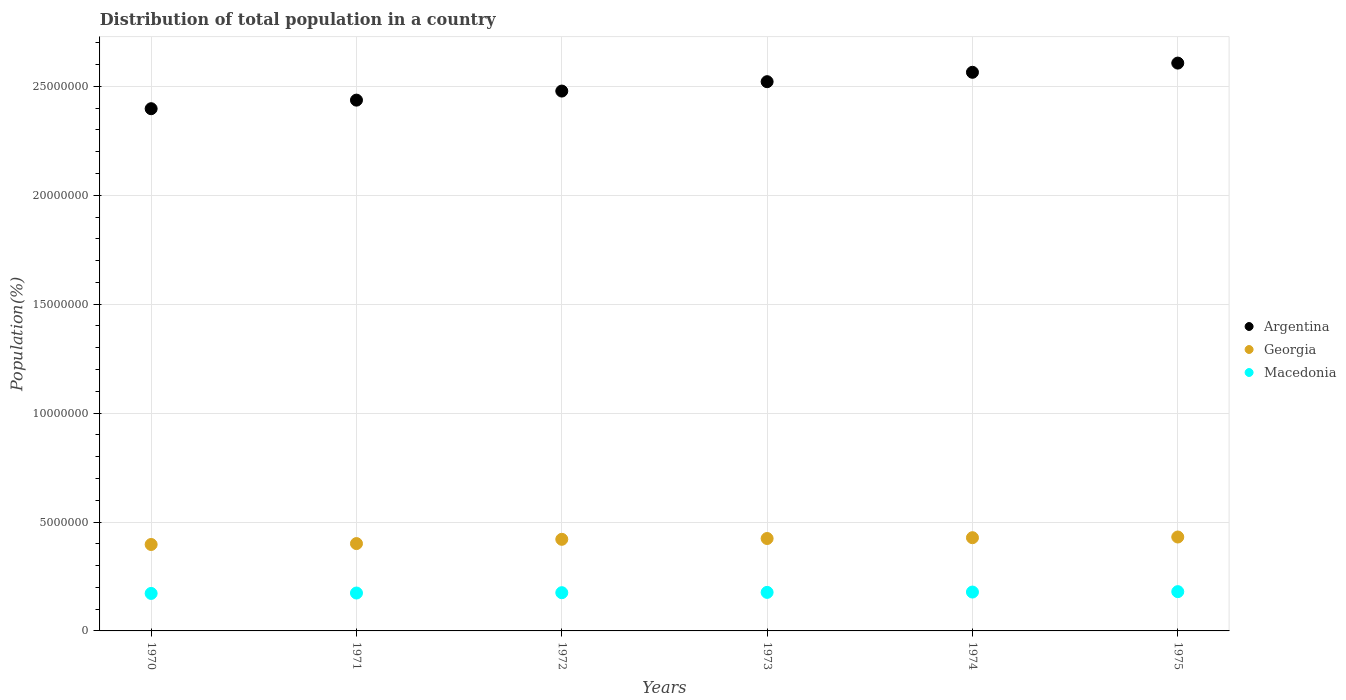
| Years | Argentina | Georgia | Macedonia |
 | --- | --- | --- | --- |
 | 1970 | 2.4e+07 | 3.97e+06 | 1.72e+06 |
 | 1971 | 2.44e+07 | 4.01e+06 | 1.74e+06 |
 | 1972 | 2.48e+07 | 4.21e+06 | 1.75e+06 |
 | 1973 | 2.52e+07 | 4.24e+06 | 1.77e+06 |
 | 1974 | 2.56e+07 | 4.28e+06 | 1.78e+06 |
 | 1975 | 2.61e+07 | 4.31e+06 | 1.8e+06 |